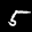
Label: 5